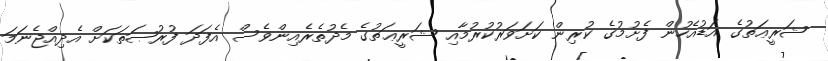
ޝަރީޢަތުގެ އަޑުއެހުން ފެށުމުގެ ކުރިން ކަށަވަރުކުރުމާއި ޝަރީޢަތުގެ މެދުތެރެއިންވެސް އެފަދަ ފުރުޞަތަކަށް އެދިއްޖެނަމަ